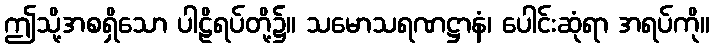
ဤသို့အစရှိသော ပါဠိရပ်တို့၌။ သမောသရဏဋ္ဌာနံ၊ ပေါင်းဆုံရာ အရပ်ကို။